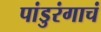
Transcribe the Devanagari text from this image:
पांडुरंगाचं